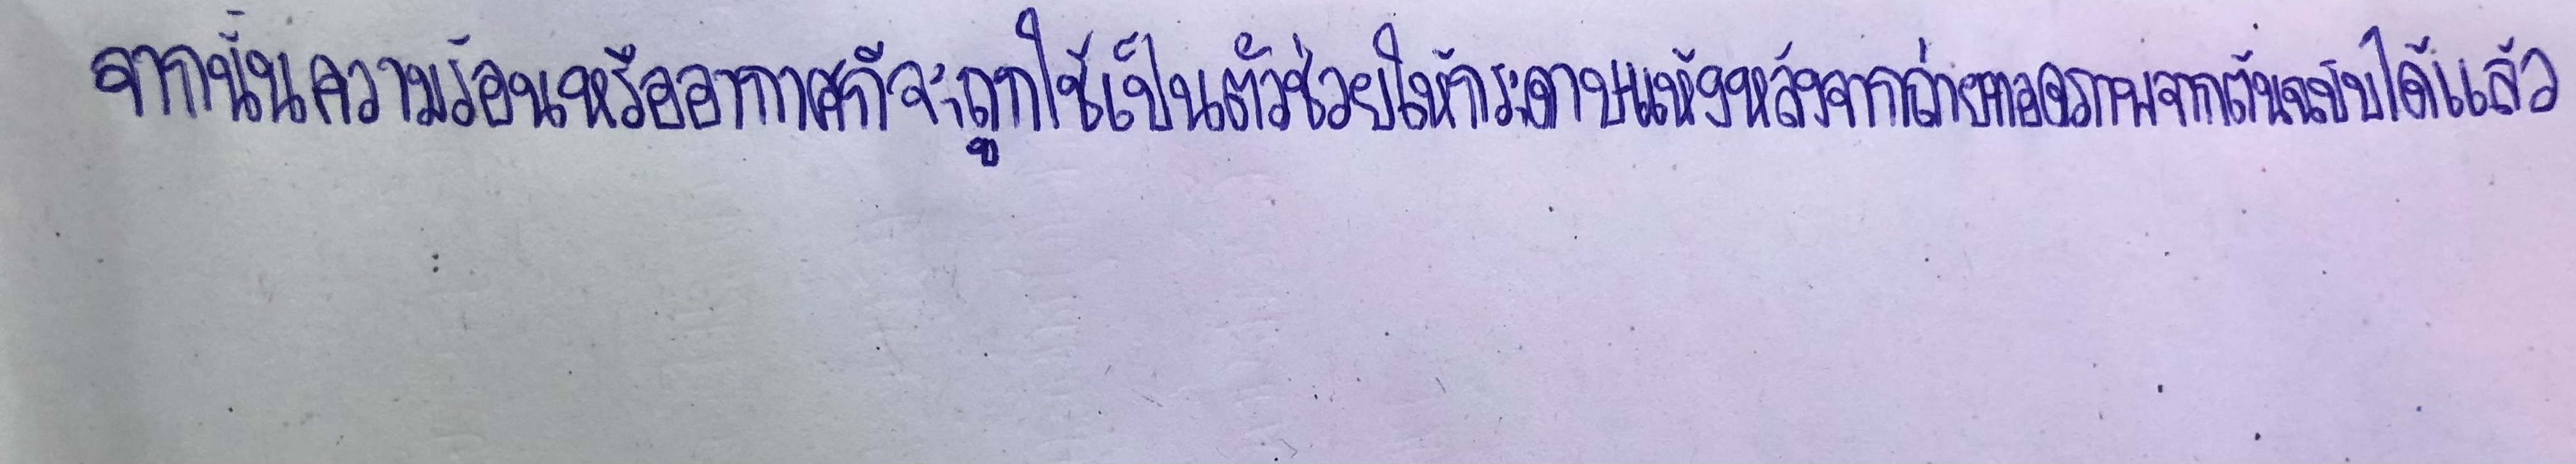
จากนั้นความร้อนหรืออากาศก็จะถูกใช้เป็นตัวช่วยให้กระดาษแห้งหลังจากถ่ายทอดภาพจากต้นฉบับได้แล้ว